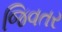
જિવતર